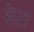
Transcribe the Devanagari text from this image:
सेटा